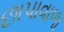
છાપાવાળા